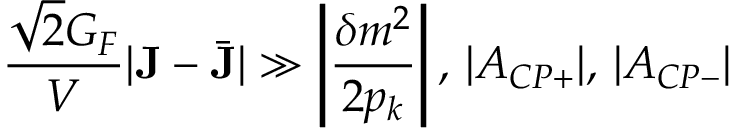
\frac { \sqrt { 2 } G _ { F } } { V } | { \bf J } - \bar { \bf J } | \gg \left| \frac { \delta m ^ { 2 } } { 2 p _ { k } } \right| , \, | A _ { C P + } | , \, | A _ { C P - } |